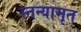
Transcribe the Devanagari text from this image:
स्तन्यामृत